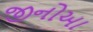
જીનોઆ